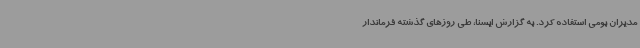
مدیران بومی استفاده کرد. به گزارش ایسنا، طی روزهای گذشته فرماندار